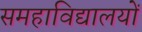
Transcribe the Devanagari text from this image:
समहाविद्यालयों